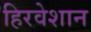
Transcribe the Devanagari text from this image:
हिरवेशान